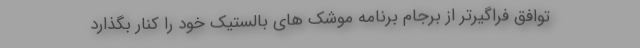
توافق فراگیرتر از برجام برنامه موشک های بالستیک خود را کنار بگذارد